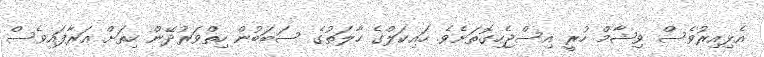
އެޅިއިރުވެސް ވިޝާމް ހުރީ އިސްޖެހިގޮތަށެވެ. ހައިކަލްގެ ހާލަތުގެ ސަބަބުން ހިތްވަރުދޭން ހިތަށް އަރާފައިވެސް